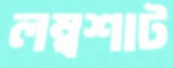
লম্বশাট